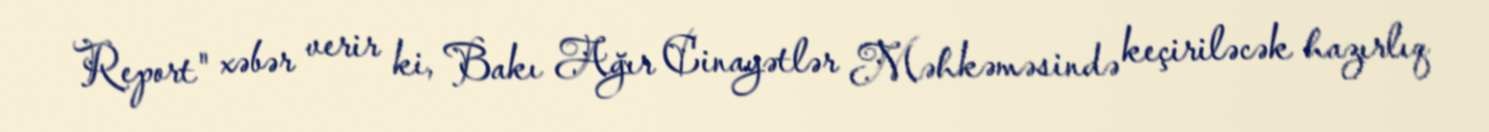
Report" xəbər verir ki, Bakı Ağır Cinayətlər Məhkəməsində keçiriləcək hazırlıq